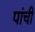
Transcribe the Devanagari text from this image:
पांची